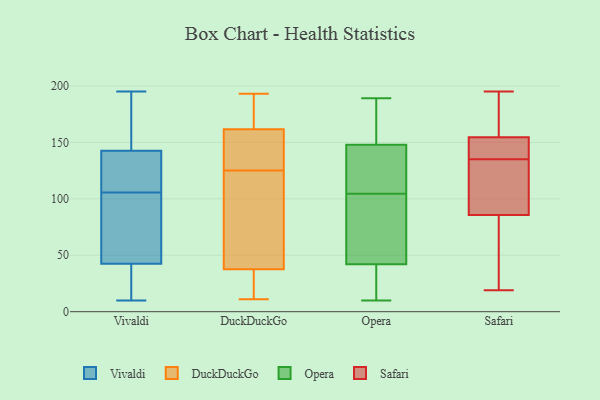
{"axis": {"x": "Production Output", "y": "Value"}, "legend": ["DuckDuckGo", "Opera", "Safari", "Vivaldi"], "data": [{"x": "", "y": 28, "type": "Vivaldi"}, {"x": "", "y": 147, "type": "Vivaldi"}, {"x": "", "y": 30, "type": "Vivaldi"}, {"x": "", "y": 43, "type": "Vivaldi"}, {"x": "", "y": 138, "type": "Vivaldi"}, {"x": "", "y": 105, "type": "Vivaldi"}, {"x": "", "y": 61, "type": "Vivaldi"}, {"x": "", "y": 42, "type": "Vivaldi"}, {"x": "", "y": 108, "type": "Vivaldi"}, {"x": "", "y": 156, "type": "Vivaldi"}, {"x": "", "y": 10, "type": "Vivaldi"}, {"x": "", "y": 132, "type": "Vivaldi"}, {"x": "", "y": 131, "type": "Vivaldi"}, {"x": "", "y": 62, "type": "Vivaldi"}, {"x": "", "y": 106, "type": "Vivaldi"}, {"x": "", "y": 24, "type": "Vivaldi"}, {"x": "", "y": 81, "type": "Vivaldi"}, {"x": "", "y": 171, "type": "Vivaldi"}, {"x": "", "y": 160, "type": "Vivaldi"}, {"x": "", "y": 195, "type": "Vivaldi"}, {"x": "", "y": 46, "type": "DuckDuckGo"}, {"x": "", "y": 30, "type": "DuckDuckGo"}, {"x": "", "y": 147, "type": "DuckDuckGo"}, {"x": "", "y": 193, "type": "DuckDuckGo"}, {"x": "", "y": 170, "type": "DuckDuckGo"}, {"x": "", "y": 24, "type": "DuckDuckGo"}, {"x": "", "y": 148, "type": "DuckDuckGo"}, {"x": "", "y": 11, "type": "DuckDuckGo"}, {"x": "", "y": 40, "type": "DuckDuckGo"}, {"x": "", "y": 107, "type": "DuckDuckGo"}, {"x": "", "y": 188, "type": "DuckDuckGo"}, {"x": "", "y": 125, "type": "DuckDuckGo"}, {"x": "", "y": 159, "type": "DuckDuckGo"}, {"x": "", "y": 11, "type": "Opera"}, {"x": "", "y": 11, "type": "Opera"}, {"x": "", "y": 94, "type": "Opera"}, {"x": "", "y": 159, "type": "Opera"}, {"x": "", "y": 10, "type": "Opera"}, {"x": "", "y": 105, "type": "Opera"}, {"x": "", "y": 189, "type": "Opera"}, {"x": "", "y": 148, "type": "Opera"}, {"x": "", "y": 104, "type": "Opera"}, {"x": "", "y": 148, "type": "Opera"}, {"x": "", "y": 73, "type": "Opera"}, {"x": "", "y": 117, "type": "Opera"}, {"x": "", "y": 97, "type": "Safari"}, {"x": "", "y": 51, "type": "Safari"}, {"x": "", "y": 82, "type": "Safari"}, {"x": "", "y": 19, "type": "Safari"}, {"x": "", "y": 158, "type": "Safari"}, {"x": "", "y": 135, "type": "Safari"}, {"x": "", "y": 165, "type": "Safari"}, {"x": "", "y": 195, "type": "Safari"}, {"x": "", "y": 144, "type": "Safari"}, {"x": "", "y": 123, "type": "Safari"}, {"x": "", "y": 135, "type": "Safari"}]}